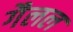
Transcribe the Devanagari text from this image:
गैलल